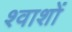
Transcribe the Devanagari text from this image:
श्वाशों